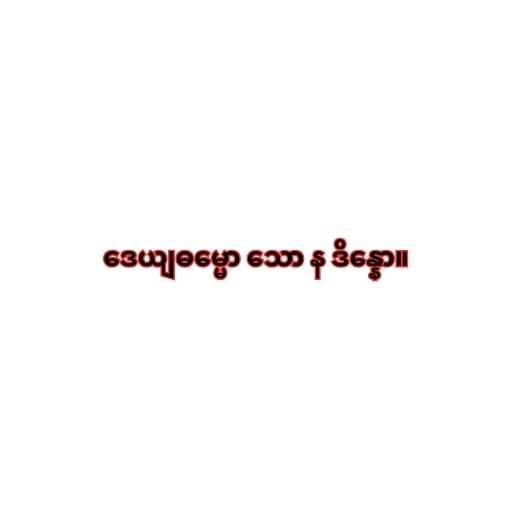
ဒေယျဓမ္မော သော န ဒိန္နော။